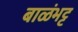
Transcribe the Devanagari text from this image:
बाळंभट्ट